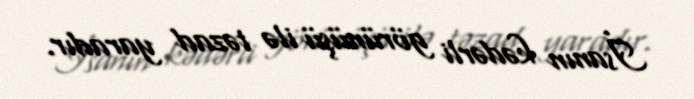
İsanın kədərli görünüşü ilə təzad yaradır.